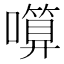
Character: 𱕋